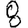
Digit: 8